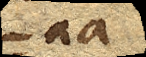
aa